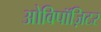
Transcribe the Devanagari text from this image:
ओविपॉज़िटर